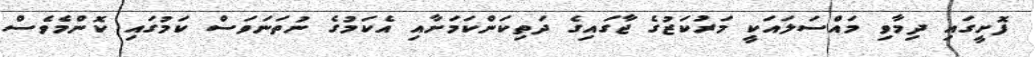
ފޮށީގައި ދިމާވި މައްސަލައަކީ މަރުކަޒުގެ ޖާގައިގެ ދަތިކަންކަމަށާއި އެކަމުގެ ނުތަނަވަސް ކަމުގައި ކޮންމެވެސް